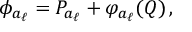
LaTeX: \phi _ { a _ { \ell } } = P _ { a _ { \ell } } + \varphi _ { a _ { \ell } } ( Q ) \, ,